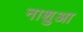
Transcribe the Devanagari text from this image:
नाशुआ